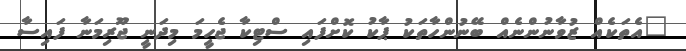
"އެތަކެއް ޒުވާނުންނެއް ބޭނުންހާތަކު ޕާކު ކޮށްފައި ސްޓިކާ ޖެހީމަ މިދަނީ ޖޫރިމަނާ ފައިސާ